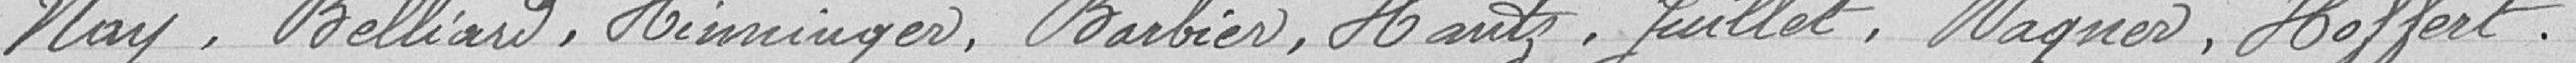
Nay, Belliard, Heinninger, Barbier, Hantz, Juillet, Wagner, Hoffert,